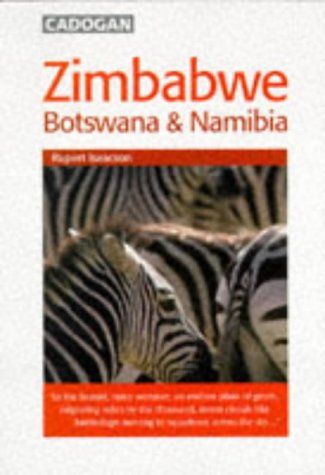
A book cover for Zimbabwe, Botswana, & Namibia; Rupert Isaacson; Travel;